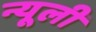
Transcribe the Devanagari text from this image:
न्यूली